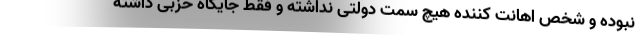
نبوده و شخص اهانت کننده هیچ سمت دولتی نداشته و فقط جایگاه حزبی داشته